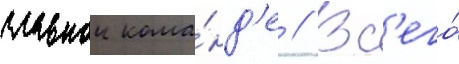
главнои кома́нд'е // Вс'его́